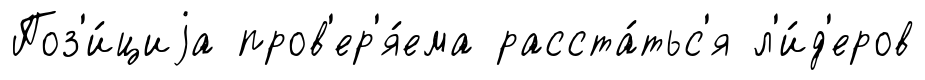
Поз'и́циjа пров'ер'я́ема расста́тьс'я л'и́д'еров